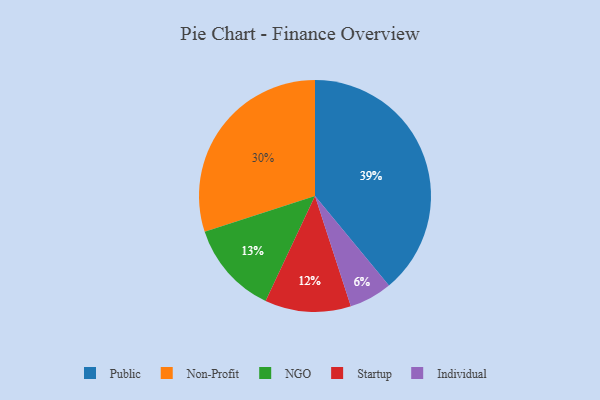
{"axis": {"x": "Category", "y": "Percentage"}, "legend": ["Individual", "NGO", "Non-Profit", "Public", "Startup"], "data": [{"x": "Individual", "y": 6, "type": "Individual"}, {"x": "Non-Profit", "y": 30, "type": "Non-Profit"}, {"x": "NGO", "y": 13, "type": "NGO"}, {"x": "Startup", "y": 12, "type": "Startup"}, {"x": "Public", "y": 39, "type": "Public"}]}